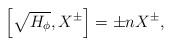
LaTeX: \begin{align*} \left[\sqrt{H_{\phi}}, X^{\pm}\right] = \pm n X^{\pm}, \end{align*}